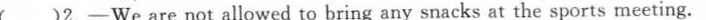
( )2.-We are not allowed to bring any snacks at the sports meeting.